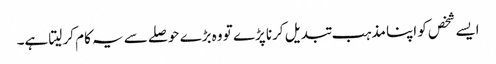
ایسے شخص کو اپنا مذہب تبدیل کرنا پڑے تو وہ بڑے حوصلے سے یہ کام کر لیتا ہے۔